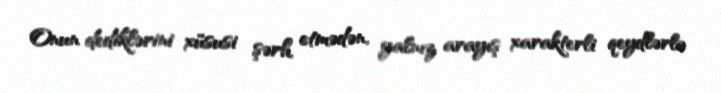
Onun dediklərini xüsusi şərh etmədən, yalnız arayış xarakterli qeydlərlə